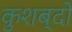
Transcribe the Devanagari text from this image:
कुशब्दों